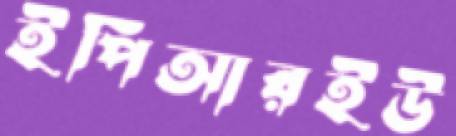
ইপিআরইউ